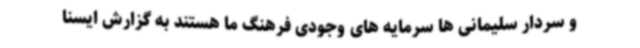
و سردار سلیمانی ها سرمایه های وجودی فرهنگ ما هستند به گزارش ایسنا